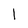
Character: 1